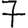
Digit: 7